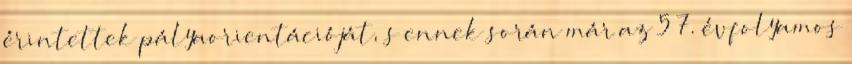
érintettek pályaorientációját, s ennek során már az 5–7. évfolyamos